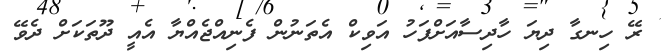
ރޭ ހިނގާ ދިޔަ ހާދިސާއަށްފަހު އަވިކް އެތަނުން ފެނިއްޖެއްޔާ އެއީ ދޫތަކަށް ދެވޭ